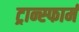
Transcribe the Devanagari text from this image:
ट्रान्स्फार्म